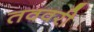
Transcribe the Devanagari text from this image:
तववरी